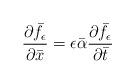
LaTeX: \begin{align*}\frac{\partial \bar{f}_{\epsilon}}{\partial \bar{x}} = \epsilon \bar{\alpha}\frac{\partial \bar{f}_{\epsilon}}{\partial \bar{t}}\end{align*}